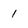
Character: 1